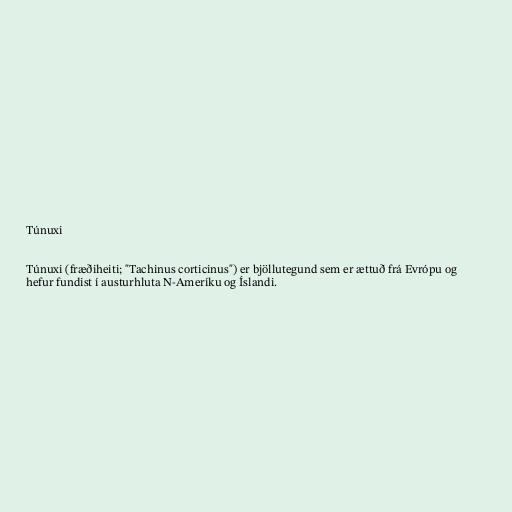
Túnuxi

Túnuxi (fræðiheiti; "Tachinus corticinus") er bjöllutegund sem er ættuð frá Evrópu og
hefur fundist í austurhluta N-Ameríku og Íslandi.